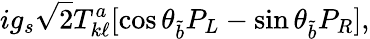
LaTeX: ig_{s}\sqrt 2T_{k\ell}^{a}[\cos\theta_{\tilde{b}}P_{L}-\sin\theta_{\tilde{b}}P_{R}],